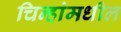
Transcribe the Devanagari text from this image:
चिन्हांमधील